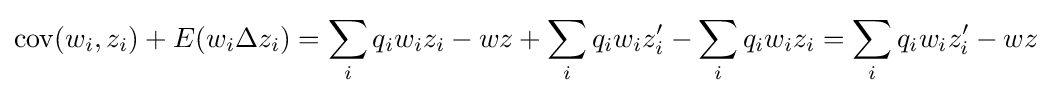
\operatorname {cov} (w_{i},z_{i})+E(w_{i}\Delta z_{i})=\sum _{i}q_{i}w_{i}z_{i}-wz+\sum _{i}q_{i}w_{i}z_{i}'-\sum _{i}q_{i}w_{i}z_{i}=\sum _{i}q_{i}w_{i}z_{i}'-wz